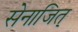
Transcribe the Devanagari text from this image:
सेनाजित्